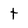
Character: t